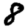
Digit: 8